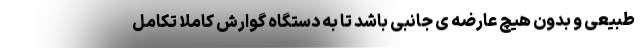
طبیعی و بدون هیچ عارضه ی جانبی باشد تا به دستگاه گوارش کاملا تکامل